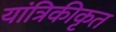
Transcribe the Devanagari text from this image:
यांत्रिकीकृत